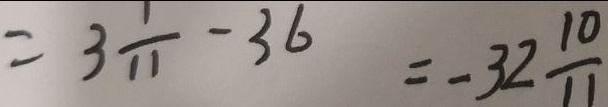
= 3 \frac { 1 } { 1 1 } - 3 6 = - 3 2 \frac { 1 0 } { 1 1 }